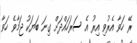
ރޭ ހަވާ އެރުވި އިރު އެ ސަރަހައްދަށް ގިނަ ބަޔަކު ޖަމާވެ ހަވާ